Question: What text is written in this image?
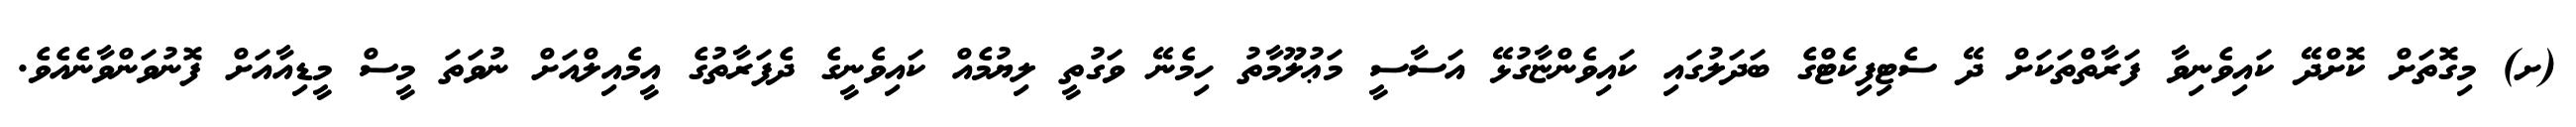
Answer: (ށ) މިގޮތަށް ކޮށްދޭ ކައިވެނިވާ ފަރާތްތަކަށް ދޭ ސެޓިފިކެޓްގެ ބަދަލުގައި ކައިވެންޏާގުޅޭ އަސާސީ މަޢުލޫމާތު ހިމެނޭ ވަގުތީ ލިޔުމެއް ކައިވެނީގެ ދެފަރާތުގެ އީމެއިލްއަށް ނުވަތަ މީސް މީޑިއާއަށް ފޮނުވަންވާނެއެވެ.